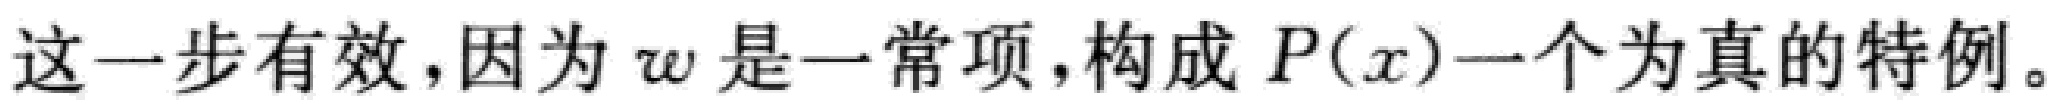
这一步有效，因为 \(w\) 是一常项，构成 \(P(x)\)一个为真的特例。